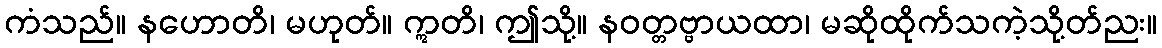
ကံသည်။ နဟောတိ၊ မဟုတ်။ ဣတိ၊ ဤသို့။ နဝတ္တဗ္ဗာယထာ၊ မဆိုထိုက်သကဲ့သို့တ်ညး။